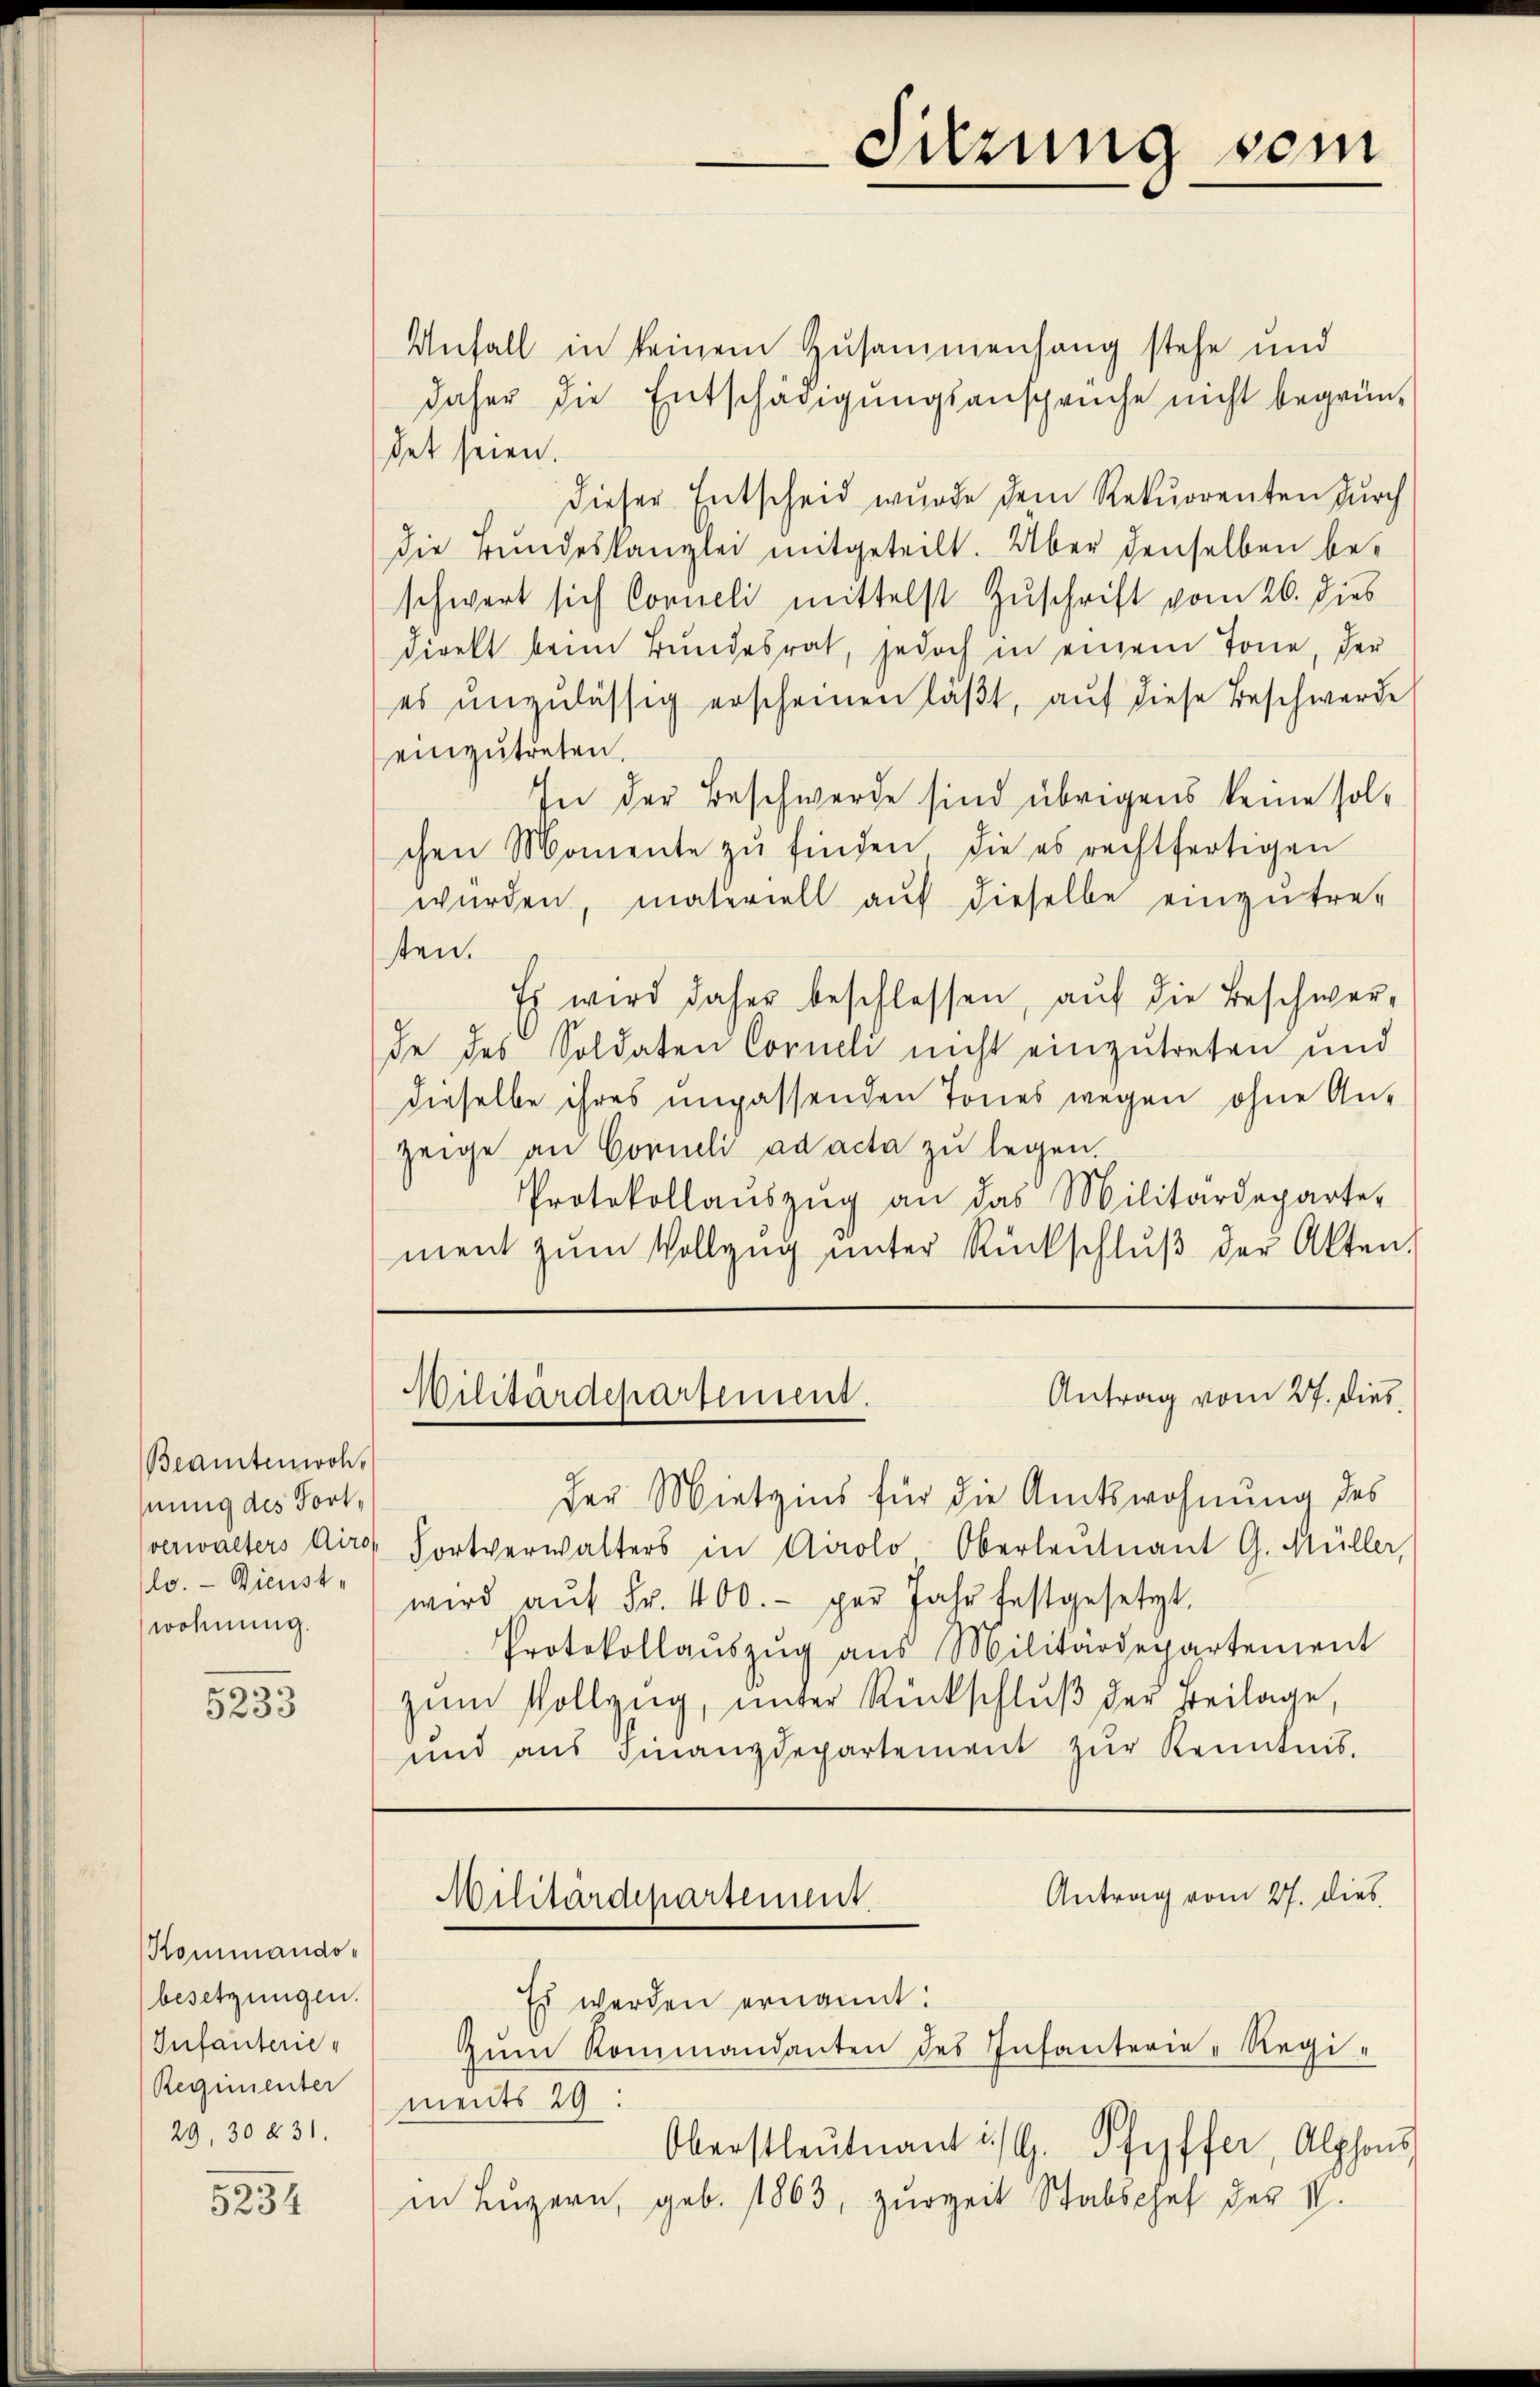
Beamtenwoheung des Fortlo. — Dienste
wohnung.

5233

Kommando-
besetzungen.
Infanterie,
Regimenter
29, 30 § 31.

5234

Sitzung sein

Unfall in keinem Zusammenhang stehe und
daher die Entschädigungsansprüche nicht begründet seien.
dieser Entscheid wurde dem Rekurrenten durch
die Bŭndeskanzlei mitgeteilt. Über denselben beschwert sich Conneli mittelst Zuschrift vom 26. dies
direkt beim Bundesrat, jedoch in einem Tone, der
es unzulässig erscheinen läβt, auf diese Beschwerde
einzutreten.
In der Beschwerde sind übrigens keine solchen Momente zŭ finden, die es rechtfertigen
würden, materiell aŭf dieselbe einzŭtre-
sten.
Es wird daher beschlossen, auf die Beschwerde des Soldaten Corneli nicht einzutreten und
dieselbe ihres unpassenden Tönes wegen ohne An-
zeige an Corneli ad acta zu legen.
Protokollaŭszŭg an das Militärdeparte-
ment zŭm Vollzŭg ŭnter Rückschlŭβ der Akten,

Antrag vom 27. dies
Wilitärdepartement.

Der Mietzins für die Amtswohnung des
verwalters dire Fortverwalters in Airolo Oberleutnant G. Müller,
wird aŭf Fr. 400.- per Jahr festgesetzt.
Protokollaŭszŭg aŭs Militärdepartement
zŭm Vollzug, unter Rückschlŭβ der Beilage,
und aŭs Finanzdepartement zŭr Kenntnis.

Oberstleutnant i./U. Pfyffer, Alphons
in Luzern, geb. 1863, zurzeit Stabschef der IV.

Antrag vom 27. dies
Militärdepartement.
Es werden ernannt:
Zŭm Kommandanten des Infanterie-Regiments 29: